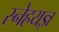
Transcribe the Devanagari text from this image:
स्नेहयज्ञ